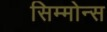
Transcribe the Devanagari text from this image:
सिम्मोन्स